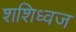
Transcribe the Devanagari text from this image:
शशिध्वज